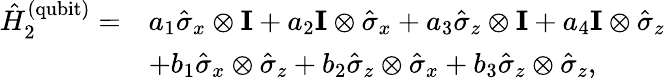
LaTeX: \begin{array}{rl}{\hat{H}_{2}^{\mathrm{(qubit)}}=}&{a_{1}\hat{\sigma}_{x}\otimes\mathbf{I}+a_{2}\mathbf{I}\otimes\hat{\sigma}_{x}+a_{3}\hat{\sigma}_{z}\otimes\mathbf{I}+a_{4}\mathbf{I}\otimes\hat{\sigma}_{z}}\\ &{+b_{1}\hat{\sigma}_{x}\otimes\hat{\sigma}_{z}+b_{2}\hat{\sigma}_{z}\otimes\hat{\sigma}_{x}+b_{3}\hat{\sigma}_{z}\otimes\hat{\sigma}_{z},}\end{array}